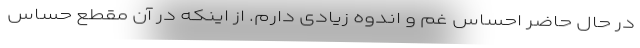
در حال حاضر احساس غم و اندوه زیادی دارم. از اینکه در آن مقطع حساس